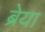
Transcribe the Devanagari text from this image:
ब्रेया